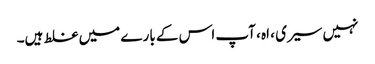
نہیں سیری ، اہ ، آپ اس کے بارے میں غلط ہیں۔